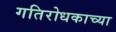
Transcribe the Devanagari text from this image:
गतिरोधकाच्या